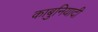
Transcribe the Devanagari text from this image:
काबुनियादी